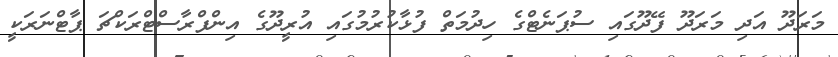
މަރަދޫ އަދި މަރަދޫ ފޭދޫގައި ސުޕަނެޓްގެ ހިދުމަތް ފުޅާކުރުމުގައި އުރީދޫގެ އިންފްރާސްޓްރަކްޗަ ޕާޓްނަރަކީ